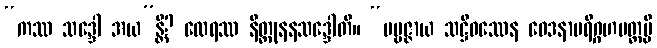
“ကဿ သဒ္ဒေါ အယ”န္တိ? ထေရဿ နိတ္ထုနနသဒ္ဒေါတိ။ “ပဗ္ဗဇ္ဇာယ သဋ္ဌိဝဿေန ဝေဒနာပရိဂ္ဂဟမတ္တမ္ပိ